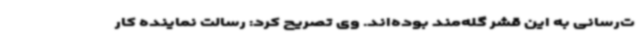
ت‌رسانی به این قشر گله‌مند بوده‌اند. وی تصریح کرد: رسالت نماینده کار